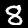
Digit: 8